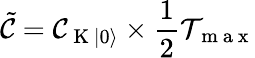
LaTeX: \tilde{\mathcal{C}}=\mathcal{C}_{\mathrm{~K~}\lvert 0\rangle}\times\frac{1}{2}\mathcal{T}_{\mathrm{~m~a~x~}}